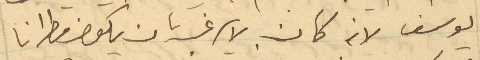
يوسف لانه كان لا يرغب بان يكون مطرانا